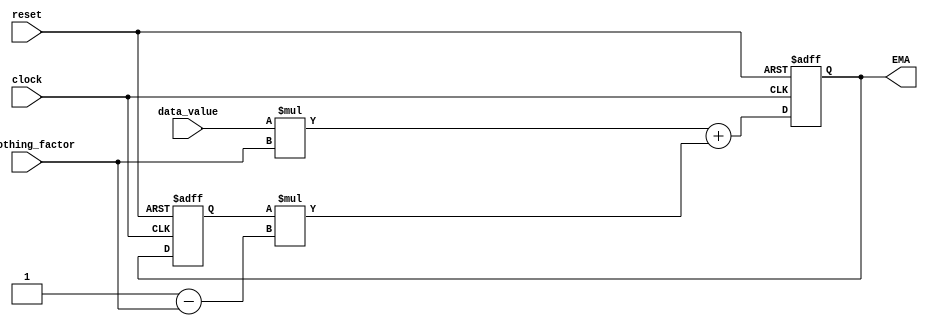
module EMA_calculator (
    input wire clock,
    input wire reset,
    input wire [31:0] data_value,
    input wire [31:0] smoothing_factor,
    output reg [31:0] EMA
);

reg [31:0] previous_EMA;

always @(posedge clock or posedge reset) begin
    if (reset) begin
        EMA <= 0;
        previous_EMA <= 0;
    end else begin
        EMA <= (data_value * smoothing_factor) + (previous_EMA * (32'd1 - smoothing_factor));
        previous_EMA <= EMA;
    end
end

endmodule